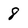
Character: 8